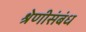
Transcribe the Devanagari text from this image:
श्रेणीसंबंध